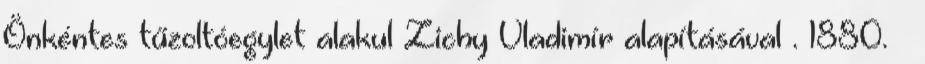
Önkéntes tűzoltóegylet alakul Zichy Vladimír alapításával . 1880. –